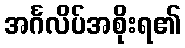
အင်္ဂလိပ်အစိုးရ၏